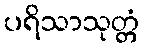
ပရိသာသုတ္တံ